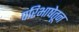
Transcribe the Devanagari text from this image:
परिभाषेतून